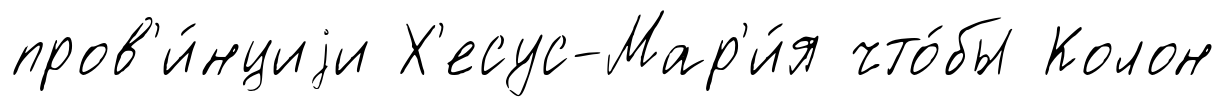
пров'и́нциjи Х'есус-Мар'и́я что́бы Колон